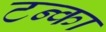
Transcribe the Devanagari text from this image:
टन्का